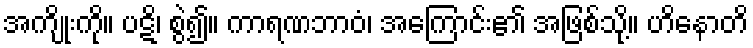
အကျိုးကို။ ပဋိ၊ စွဲ၍။ ကာရဏဘာဝံ၊ အကြောင်း၏ အဖြစ်သို့။ ဟိနောတိ